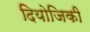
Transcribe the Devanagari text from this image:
दियोजिकी